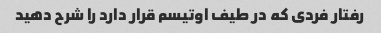
رفتار فردی که در طیف اوتیسم قرار دارد را شرح دهید